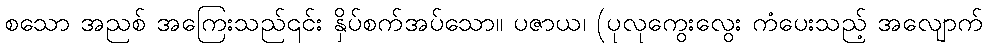
စသော အညစ် အကြေးသည်၎င်း နှိပ်စက်အပ်သော။ ပဇာယ၊ (ပုလုကွေးလွေး ကံပေးသည့် အလျောက်